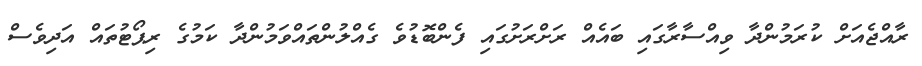
ރާއްޖެއަށް ކުރަމުންދާ ވިއްސާރާގައި ބައެއް ރަށްރަށުގައި ފެންބޮޑުވެ ގެއްލުންތައްވަމުންދާ ކަމުގެ ރިޕޯޓުތައް އަދިވެސް